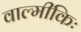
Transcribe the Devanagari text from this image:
वाल्मीकिः